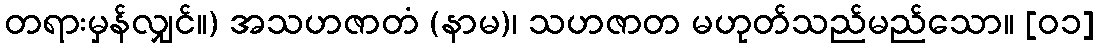
တရားမှန်လျှင်။) အသဟဇာတံ (နာမ)၊ သဟဇာတ မဟုတ်သည်မည်သော။ [၀၁]